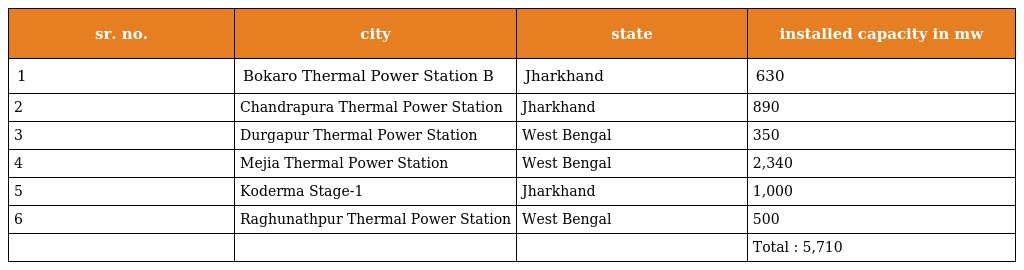
| sr. no. | city | state | installed capacity in mw |
 | --- | --- | --- | --- |
 | 1 | Bokaro Thermal Power Station B | Jharkhand | 630 |
 | 2 | Chandrapura Thermal Power Station | Jharkhand | 890 |
 | 3 | Durgapur Thermal Power Station | West Bengal | 350 |
 | 4 | Mejia Thermal Power Station | West Bengal | 2,340 |
 | 5 | Koderma Stage-1 | Jharkhand | 1,000 |
 | 6 | Raghunathpur Thermal Power Station | West Bengal | 500 |
 |  |  |  | Total : 5,710 |